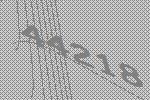
44218